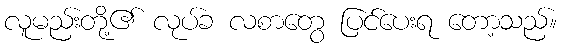
လူမည်းတို့၏ လုပ်ခ လစာတွေ ပြင်ပေးရ တော့သည်။